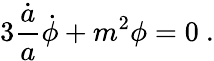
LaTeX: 3{\frac{\dot{a}}{a}}\dot{\phi}+m^{2}\phi=0\ .